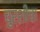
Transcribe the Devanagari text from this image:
चुरशीचा